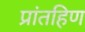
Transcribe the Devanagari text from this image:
प्रांतहिण